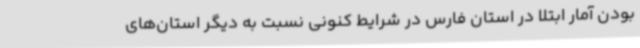
بودن آمار ابتلا در استان فارس در شرایط کنونی نسبت به دیگر استان‌های